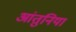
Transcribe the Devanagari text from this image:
आंतुनिया